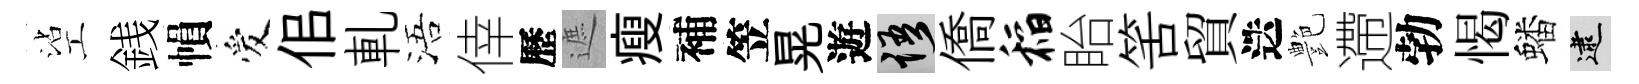
沾工銭𢄙爱佀軋浯倖歷遮瘦補笠晃遊語僑稻眙筈貿迭艶遰勃愒蟠逮